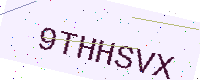
Text: 9THHSVX